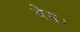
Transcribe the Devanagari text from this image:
बेस।